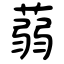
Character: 蒻